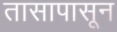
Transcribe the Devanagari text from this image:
तासापासून